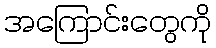
အကြောင်းတွေကို